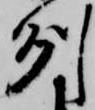
州